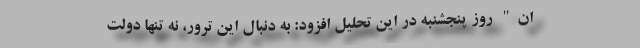
ان" روز پنجشنبه در این تحلیل افزود: به دنبال این ترور، نه تنها دولت